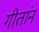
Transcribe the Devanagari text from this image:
गीतांनं